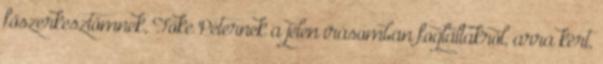
főszerkesztőmnek, Tőke Péter­nek a jelen írásomban foglaltakról, arra kért,